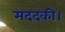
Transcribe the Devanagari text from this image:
मददकी।